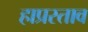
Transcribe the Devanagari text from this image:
हाप्रस्ताव